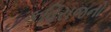
કવિરાજનો